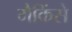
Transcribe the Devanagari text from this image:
मैकिंसे